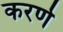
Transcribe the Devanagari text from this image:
करर्णे